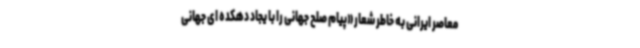
معاصر ایرانی به خاطر شعار «پیام صلح جهانی را با یجاد دهکده ای جهانی